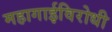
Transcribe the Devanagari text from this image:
महागाईविरोधी